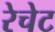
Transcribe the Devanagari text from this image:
रेचेट